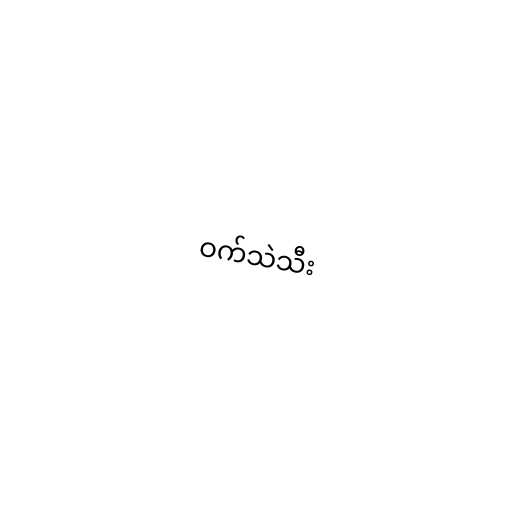
ဝက်သဲသီး